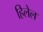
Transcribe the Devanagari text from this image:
हिलेल